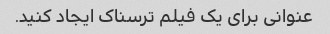
عنوانی برای یک فیلم ترسناک ایجاد کنید.